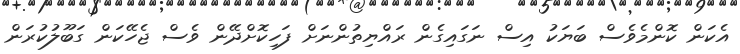
އެކަން ކޮންމެވެސް ބަޔަކު އިސް ނަގައިގެން ރައްޔިތުންނަށް ފަހިކޮށްދޭން ވެސް ޖެހޭކަން ގަބޫލުކުރަން